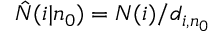
\hat { N } ( i | n _ { 0 } ) = N ( i ) / d _ { i , n _ { 0 } }